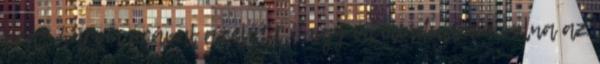
órát három órával azelőtt, hogy én elindultam volna az